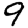
Digit: 9